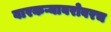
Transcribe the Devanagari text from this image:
वारकऱ्याबरोबरच